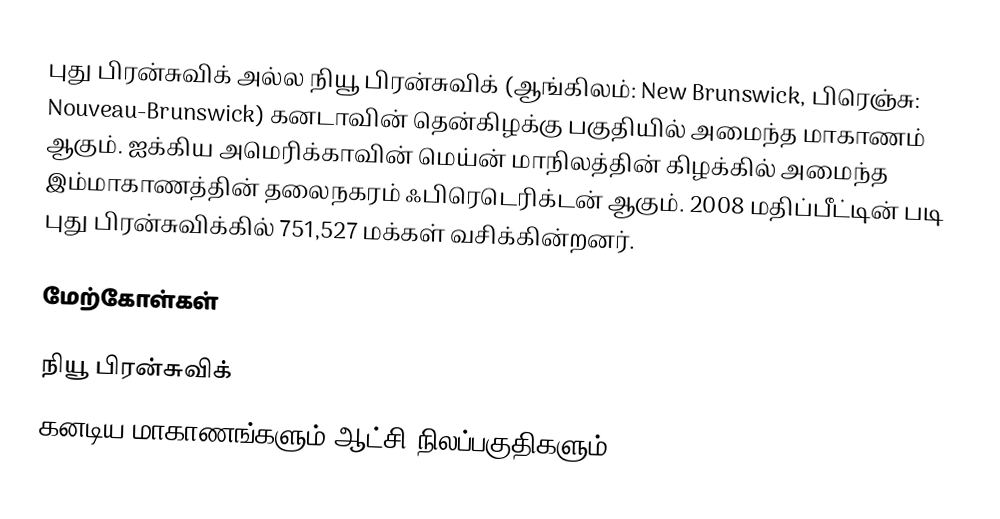
புது பிரன்சுவிக் அல்ல நியூ பிரன்சுவிக் (ஆங்கிலம்: New Brunswick, பிரெஞ்சு: Nouveau-Brunswick) கனடாவின் தென்கிழக்கு பகுதியில் அமைந்த மாகாணம் ஆகும். ஐக்கிய அமெரிக்காவின் மெய்ன் மாநிலத்தின் கிழக்கில் அமைந்த இம்மாகாணத்தின் தலைநகரம் ஃபிரெடெரிக்டன் ஆகும். 2008 மதிப்பீட்டின் படி புது பிரன்சுவிக்கில் 751,527 மக்கள் வசிக்கின்றனர்.

மேற்கோள்கள்

நியூ பிரன்சுவிக்
கனடிய மாகாணங்களும் ஆட்சி நிலப்பகுதிகளும்